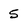
Character: 5